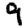
Digit: 9